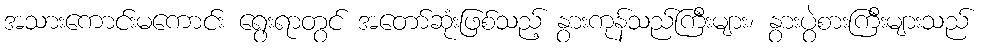
အသားကောင်းမကောင်း ရွေးရာတွင် အတော်ဆုံးဖြစ်သည့် နွားကုန်သည်ကြီးများ၊ နွားပွဲစားကြီးများသည်